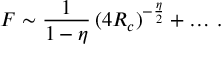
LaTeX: F \sim \frac { 1 } { 1 - \eta } \, ( 4 R _ { c } ) ^ { - { \frac { \eta } { 2 } } } + \ldots \, .